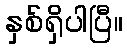
နှစ်ရှိပါပြီ။